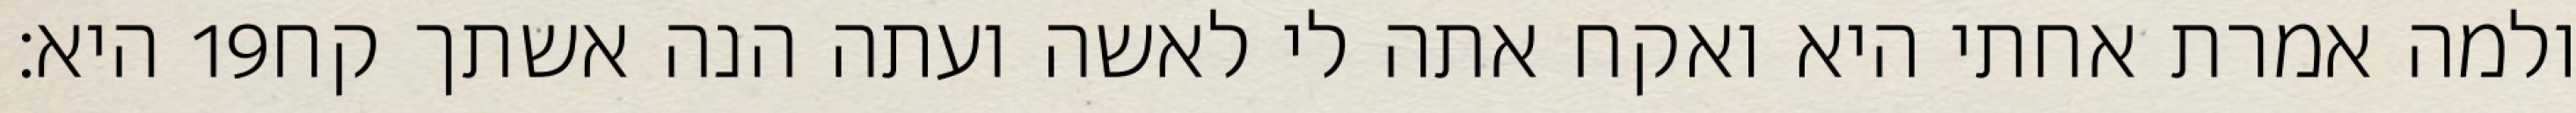
היא׃ ‎19‏ ולמה אמרת אחתי היא ואקח אתה לי לאשה ועתה הנה אשתך קח